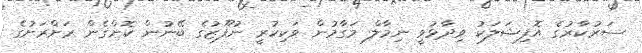
ސަރުކާރުގެ އޮފިޝަލަކު ވިދާޅުވީ ނިމާލް މަގާމުން ވަކިކުރީ ނުފޫޒުގެ ބޭނުން ކޮށްގެން ރަށްރަށުގެ